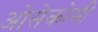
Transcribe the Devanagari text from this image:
ओसेकोमी